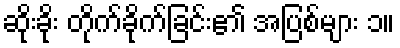
ဆိုးခိုး တိုက်ခိုက်ခြင်း၏ အပြစ်များ ၁။